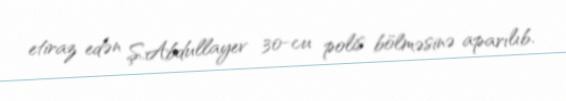
etiraz edən Ş.Abdullayev 30-cu polis bölməsinə aparılıb.